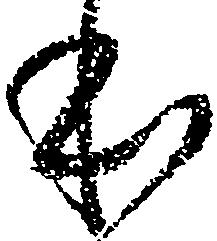
本